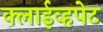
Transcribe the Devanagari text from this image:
क्लाईव्हपेट